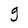
Character: g